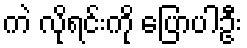
ကဲ လိုရင်းကို ပြောပါဦး